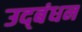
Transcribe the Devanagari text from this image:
उद्‍बंधन